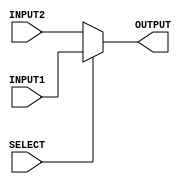
`timescale 1ns/100ps

// 2 to 1 multiplexer needed for Barrel Shifter
module MUX_2x1 (INPUT1, INPUT2, OUTPUT, SELECT );
    input INPUT1, INPUT2, SELECT;
    output wire OUTPUT;

    assign OUTPUT = (SELECT) ? INPUT1 : INPUT2;
endmodule

// Barrel shifter module for logical left shift
module barrelShifter_LSL( INPUT, SHIFTED_OUTPUT, SHIFT_AMOUNT);        

  input  [7:0] INPUT;                   //The 8-bit Input line 
  output  [7:0] SHIFTED_OUTPUT;         //The 8-bit Output line 
  input [2:0] SHIFT_AMOUNT;             //The 3-bit shift distance selection Input 
  wire [7:0] INTERIM_1,INTERIM_2;       //Two 8-bit intermediate lines 

  //the barrel shifter implemented as array of MUX s in 3 columns and 8 rows

  // MUX naming convetion :- MUX_CiRi - 2x1 MUX in i'th column and i'th row ; i = 0,1,2,3,4,5,6,7

  MUX_2x1 MUX_C0R0 (1'b0,  INPUT[0], INTERIM_1[0], SHIFT_AMOUNT[0]); 

  MUX_2x1 MUX_C0R1 (INPUT[0], INPUT[1], INTERIM_1[1], SHIFT_AMOUNT[0]); 

  MUX_2x1 MUX_C0R2 (INPUT[1], INPUT[2], INTERIM_1[2], SHIFT_AMOUNT[0]); 

  MUX_2x1 MUX_C0R3 (INPUT[2], INPUT[3], INTERIM_1[3], SHIFT_AMOUNT[0]); 

  MUX_2x1 MUX_C0R4 (INPUT[3], INPUT[4], INTERIM_1[4], SHIFT_AMOUNT[0]); 

  MUX_2x1 MUX_C0R5 (INPUT[4], INPUT[5], INTERIM_1[5], SHIFT_AMOUNT[0]); 

  MUX_2x1 MUX_C0R6 (INPUT[5], INPUT[6], INTERIM_1[6], SHIFT_AMOUNT[0]); 

  MUX_2x1 MUX_C0R7 (INPUT[6], INPUT[7], INTERIM_1[7], SHIFT_AMOUNT[0]); 

  MUX_2x1 MUX_C1R0 (1'b0  , INTERIM_1[0], INTERIM_2[0], SHIFT_AMOUNT[1]); 

  MUX_2x1 MUX_C1R1 (1'b0  , INTERIM_1[1], INTERIM_2[1], SHIFT_AMOUNT[1]); 

  MUX_2x1 MUX_C1R2 (INTERIM_1[0], INTERIM_1[2], INTERIM_2[2], SHIFT_AMOUNT[1]); 

  MUX_2x1 MUX_C1R3 (INTERIM_1[1], INTERIM_1[3], INTERIM_2[3], SHIFT_AMOUNT[1]); 

  MUX_2x1 MUX_C1R4 (INTERIM_1[2], INTERIM_1[4], INTERIM_2[4], SHIFT_AMOUNT[1]); 

  MUX_2x1 MUX_C1R5 (INTERIM_1[3], INTERIM_1[5], INTERIM_2[5], SHIFT_AMOUNT[1]); 

  MUX_2x1 MUX_C1R6 (INTERIM_1[4], INTERIM_1[6], INTERIM_2[6], SHIFT_AMOUNT[1]); 

  MUX_2x1 MUX_C1R7 (INTERIM_1[5], INTERIM_1[7], INTERIM_2[7], SHIFT_AMOUNT[1]); 

  MUX_2x1 MUX_C2R0 (1'b0  , INTERIM_2[0], SHIFTED_OUTPUT[0], SHIFT_AMOUNT[2]); 

  MUX_2x1 MUX_C2R1 (1'b0  , INTERIM_2[1], SHIFTED_OUTPUT[1], SHIFT_AMOUNT[2]); 

  MUX_2x1 MUX_C2R2 (1'b0  , INTERIM_2[2], SHIFTED_OUTPUT[2], SHIFT_AMOUNT[2]); 

  MUX_2x1 MUX_C2R3 (1'b0  , INTERIM_2[3], SHIFTED_OUTPUT[3], SHIFT_AMOUNT[2]); 

  MUX_2x1 MUX_C2R4 (INTERIM_2[0], INTERIM_2[4], SHIFTED_OUTPUT[4], SHIFT_AMOUNT[2]); 

  MUX_2x1 MUX_C2R5 (INTERIM_2[1], INTERIM_2[5], SHIFTED_OUTPUT[5], SHIFT_AMOUNT[2]); 

  MUX_2x1 MUX_C2R6 (INTERIM_2[2], INTERIM_2[6], SHIFTED_OUTPUT[6], SHIFT_AMOUNT[2]); 

  MUX_2x1 MUX_C2R7 (INTERIM_2[3], INTERIM_2[7], SHIFTED_OUTPUT[7], SHIFT_AMOUNT[2]); 

endmodule


// Barrel shifter module for logical right shift
module barrelShifter_LSR( INPUT, SHIFTED_OUTPUT, SHIFT_AMOUNT);        

  input  [7:0] INPUT;                   //The 8-bit Input line 
  output  [7:0] SHIFTED_OUTPUT;         //The 8-bit Output line 
  input [2:0] SHIFT_AMOUNT;             //The 3-bit shift magnitude selection Input 
  wire [7:0] INTERIM_1,INTERIM_2;       //Two 8-bit intermediate lines 

  //the barrel shifter implemented as array of MUX s in 3 columns and 8 rows

  // MUX naming convetion :- MUX_CiRi - 2x1 MUX in i'th column and i'th row ; i = 0,1,2,3,4,5,6,7 
  
  MUX_2x1 MUX_C0R0 (1'b0,  INPUT[7], INTERIM_1[0], SHIFT_AMOUNT[0]); 

  MUX_2x1 MUX_C0R1 (INPUT[7], INPUT[6], INTERIM_1[1], SHIFT_AMOUNT[0]); 

  MUX_2x1 MUX_C0R2 (INPUT[6], INPUT[5], INTERIM_1[2], SHIFT_AMOUNT[0]); 

  MUX_2x1 MUX_C0R3 (INPUT[5], INPUT[4], INTERIM_1[3], SHIFT_AMOUNT[0]); 

  MUX_2x1 MUX_C0R4 (INPUT[4], INPUT[3], INTERIM_1[4], SHIFT_AMOUNT[0]); 

  MUX_2x1 MUX_C0R5 (INPUT[3], INPUT[2], INTERIM_1[5], SHIFT_AMOUNT[0]); 

  MUX_2x1 MUX_C0R6 (INPUT[2], INPUT[1], INTERIM_1[6], SHIFT_AMOUNT[0]); 

  MUX_2x1 MUX_C0R7 (INPUT[1], INPUT[0], INTERIM_1[7], SHIFT_AMOUNT[0]); 

  MUX_2x1 MUX_C1R0 (1'b0  , INTERIM_1[0], INTERIM_2[0], SHIFT_AMOUNT[1]); 

  MUX_2x1 MUX_C1R1 (1'b0  , INTERIM_1[1], INTERIM_2[1], SHIFT_AMOUNT[1]); 

  MUX_2x1 MUX_C1R2 (INTERIM_1[0], INTERIM_1[2], INTERIM_2[2], SHIFT_AMOUNT[1]); 

  MUX_2x1 MUX_C1R3 (INTERIM_1[1], INTERIM_1[3], INTERIM_2[3], SHIFT_AMOUNT[1]); 

  MUX_2x1 MUX_C1R4 (INTERIM_1[2], INTERIM_1[4], INTERIM_2[4], SHIFT_AMOUNT[1]); 

  MUX_2x1 MUX_C1R5 (INTERIM_1[3], INTERIM_1[5], INTERIM_2[5], SHIFT_AMOUNT[1]); 

  MUX_2x1 MUX_C1R6 (INTERIM_1[4], INTERIM_1[6], INTERIM_2[6], SHIFT_AMOUNT[1]); 

  MUX_2x1 MUX_C1R7 (INTERIM_1[5], INTERIM_1[7], INTERIM_2[7], SHIFT_AMOUNT[1]); 

  MUX_2x1 MUX_C2R0 (1'b0  , INTERIM_2[0], SHIFTED_OUTPUT[7], SHIFT_AMOUNT[2]); 

  MUX_2x1 MUX_C2R1 (1'b0  , INTERIM_2[1], SHIFTED_OUTPUT[6], SHIFT_AMOUNT[2]); 

  MUX_2x1 MUX_C2R2 (1'b0  , INTERIM_2[2], SHIFTED_OUTPUT[5], SHIFT_AMOUNT[2]); 

  MUX_2x1 MUX_C2R3 (1'b0  , INTERIM_2[3], SHIFTED_OUTPUT[4], SHIFT_AMOUNT[2]); 

  MUX_2x1 MUX_C2R4 (INTERIM_2[0], INTERIM_2[4], SHIFTED_OUTPUT[3], SHIFT_AMOUNT[2]); 

  MUX_2x1 MUX_C2R5 (INTERIM_2[1], INTERIM_2[5], SHIFTED_OUTPUT[2], SHIFT_AMOUNT[2]); 

  MUX_2x1 MUX_C2R6 (INTERIM_2[2], INTERIM_2[6], SHIFTED_OUTPUT[1], SHIFT_AMOUNT[2]); 

  MUX_2x1 MUX_C2R7 (INTERIM_2[3], INTERIM_2[7], SHIFTED_OUTPUT[0], SHIFT_AMOUNT[2]); 

endmodule


// Barrel shifter module for arithmetic right shift
module barrelShifter_ASR( INPUT, SHIFTED_OUTPUT, SHIFT_AMOUNT);        

  input  [7:0] INPUT;                   //The 8-bit Input line 
  output  [7:0] SHIFTED_OUTPUT;         //The 8-bit Output line 
  input [2:0] SHIFT_AMOUNT;             //The 3-bit shift magnitude selection Input 
  wire [7:0] INTERIM_1,INTERIM_2;       //Two 8-bit intermediate lines 

  //the barrel shifter implemented as array of MUX s in 3 columns and 8 rows

  // MUX naming convetion :- MUX_CiRi - 2x1 MUX in i'th column and i'th row ; i = 0,1,2,3,4,5,6,7
  
  MUX_2x1 MUX_C0R0 (INPUT[7],  INPUT[7], INTERIM_1[0], SHIFT_AMOUNT[0]); 

  MUX_2x1 MUX_C0R1 (INPUT[7], INPUT[6], INTERIM_1[1], SHIFT_AMOUNT[0]); 

  MUX_2x1 MUX_C0R2 (INPUT[6], INPUT[5], INTERIM_1[2], SHIFT_AMOUNT[0]); 

  MUX_2x1 MUX_C0R3 (INPUT[5], INPUT[4], INTERIM_1[3], SHIFT_AMOUNT[0]); 

  MUX_2x1 MUX_C0R4 (INPUT[4], INPUT[3], INTERIM_1[4], SHIFT_AMOUNT[0]); 

  MUX_2x1 MUX_C0R5 (INPUT[3], INPUT[2], INTERIM_1[5], SHIFT_AMOUNT[0]); 

  MUX_2x1 MUX_C0R6 (INPUT[2], INPUT[1], INTERIM_1[6], SHIFT_AMOUNT[0]); 

  MUX_2x1 MUX_C0R7 (INPUT[1], INPUT[0], INTERIM_1[7], SHIFT_AMOUNT[0]); 

  MUX_2x1 MUX_C1R0 (INPUT[7], INTERIM_1[0], INTERIM_2[0], SHIFT_AMOUNT[1]); 

  MUX_2x1 MUX_C1R1 (INPUT[7], INTERIM_1[1], INTERIM_2[1], SHIFT_AMOUNT[1]); 

  MUX_2x1 MUX_C1R2 (INTERIM_1[0], INTERIM_1[2], INTERIM_2[2], SHIFT_AMOUNT[1]); 

  MUX_2x1 MUX_C1R3 (INTERIM_1[1], INTERIM_1[3], INTERIM_2[3], SHIFT_AMOUNT[1]); 

  MUX_2x1 MUX_C1R4 (INTERIM_1[2], INTERIM_1[4], INTERIM_2[4], SHIFT_AMOUNT[1]); 

  MUX_2x1 MUX_C1R5 (INTERIM_1[3], INTERIM_1[5], INTERIM_2[5], SHIFT_AMOUNT[1]); 

  MUX_2x1 MUX_C1R6 (INTERIM_1[4], INTERIM_1[6], INTERIM_2[6], SHIFT_AMOUNT[1]); 

  MUX_2x1 MUX_C1R7 (INTERIM_1[5], INTERIM_1[7], INTERIM_2[7], SHIFT_AMOUNT[1]); 

  MUX_2x1 MUX_C2R0 (INPUT[7], INTERIM_2[0], SHIFTED_OUTPUT[7], SHIFT_AMOUNT[2]); 

  MUX_2x1 MUX_C2R1 (INPUT[7], INTERIM_2[1], SHIFTED_OUTPUT[6], SHIFT_AMOUNT[2]); 

  MUX_2x1 MUX_C2R2 (INPUT[7], INTERIM_2[2], SHIFTED_OUTPUT[5], SHIFT_AMOUNT[2]); 

  MUX_2x1 MUX_C2R3 (INPUT[7], INTERIM_2[3], SHIFTED_OUTPUT[4], SHIFT_AMOUNT[2]); 

  MUX_2x1 MUX_C2R4 (INTERIM_2[0], INTERIM_2[4], SHIFTED_OUTPUT[3], SHIFT_AMOUNT[2]); 

  MUX_2x1 MUX_C2R5 (INTERIM_2[1], INTERIM_2[5], SHIFTED_OUTPUT[2], SHIFT_AMOUNT[2]); 

  MUX_2x1 MUX_C2R6 (INTERIM_2[2], INTERIM_2[6], SHIFTED_OUTPUT[1], SHIFT_AMOUNT[2]); 

  MUX_2x1 MUX_C2R7 (INTERIM_2[3], INTERIM_2[7], SHIFTED_OUTPUT[0], SHIFT_AMOUNT[2]); 

endmodule